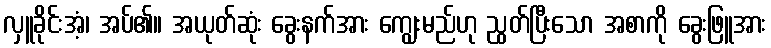
လှူခိုင်းအံ့၊ အပ်၏။ အယုတ်ဆုံး ခွေးနက်အား ကျွေးမည်ဟု ညွတ်ပြီးသော အစာကို ခွေးဖြူအား